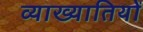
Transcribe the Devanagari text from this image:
व्याख्यातियों